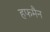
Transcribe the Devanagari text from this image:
हफमैन